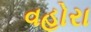
વહોરા